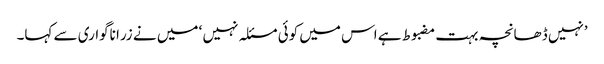
’نہیں ڈھانچہ بہت مضبوط ہے اس میں کوئی مسئلہ نہیں ‘ میں نے زرا ناگواری سے کہا۔